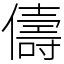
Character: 儔